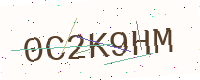
Text: 0C2K9HM